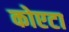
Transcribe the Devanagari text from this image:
कोएटा